Civil Veterinary Dept. North-West Frontier Province 1923-32 - 1923-1932
Year: 1923
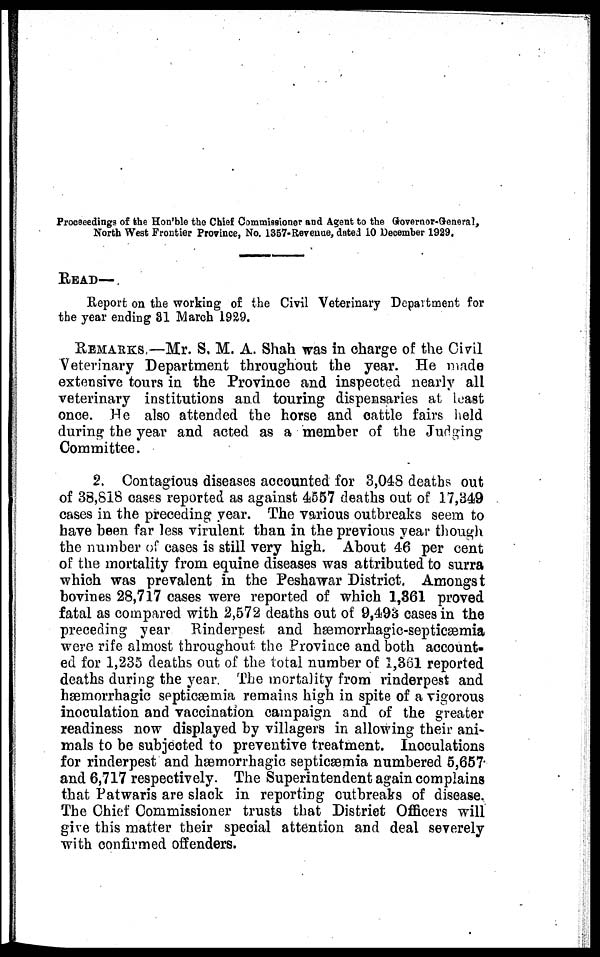
Proceeedings of the Hon'ble the Chief Commissioner and Agent to the Governor-General,
North West Frontier Province, No. 1357-Revenue, dated 10 December 1929.
READ—
Report on the working of the Civil Veterinary Department for
the year ending 31 March 1929.
REMARKS —Mr. S. M. A. Shah was in charge of the Civil
Veterinary Department throughout the year. He made
extensive tours in the Province and inspected nearly all
veterinary institutions and touring dispensaries at least
once. He also attended the horse and cattle fairs held
during the year and acted as a member of the Judging
Committee.
2. Contagious diseases accounted for 3,048 deaths out
of 38,818 cases reported as against 4557 deaths out of 17,349
cases in the preceding year. The various outbreaks seem to
have been far less virulent than in the previous year though
the number of cases is still very high. About 46 per cent
of the mortality from equine diseases was attributed to surra
which was prevalent in the Peshawar District. Amongst
bovines 28,717 cases were reported of which 1,361 proved
fatal as compared with 2,572 deaths out of 9,493 cases in the
preceding year Rinderpest and hæmorrhagic-septicæmia
were rife almost throughout the Province and both account-
ed for 1,235 deaths out of the total number of 1,361 reported
deaths during the year. The mortality from rinderpest and
hæmorrhagic septicæmia remains high in spite of a vigorous
inoculation and vaccination campaign and of the greater
readiness now displayed by villagers in allowing their ani-
mals to be subjected to preventive treatment. Inoculations
for rinderpest and hæmorrhagic septicæmia numbered 5,657
and 6,717 respectively. The Superintendent again complains
that Patwaris are slack in reporting outbreaks of disease.
The Chief Commissioner trusts that District Officers will
give this matter their special attention and deal severely
with confirmed offenders.